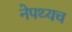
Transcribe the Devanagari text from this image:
नेपथ्यच